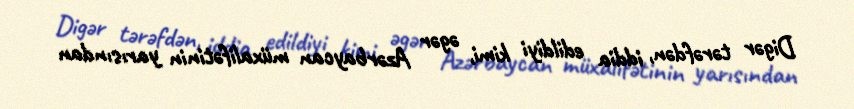
Digər tərəfdən, iddia edildiyi kimi, əgər Azərbaycan müxalifətinin yarısından